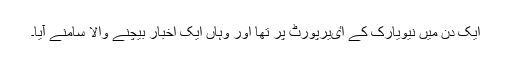
ایک دن میں نیویارک کے اٸیرپورٹ پر تھا اور وہاں ایک اخبار بیچنے والا سامنے آیا۔